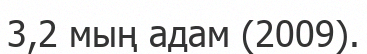
3,2 мың адам (2009).